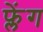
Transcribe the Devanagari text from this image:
फ्लेंग